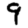
Digit: 9